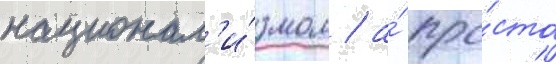
национал'и́змом / а́ про́сто